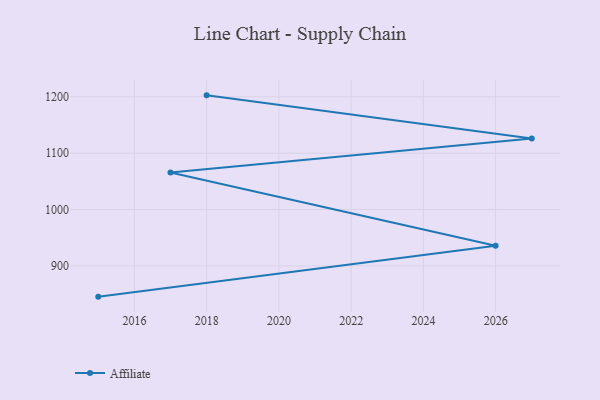
{"axis": {"x": "Year", "y": "Demand Index"}, "legend": ["Affiliate"], "data": [{"x": "2018", "y": 1202.6, "type": "Affiliate"}, {"x": "2027", "y": 1126.2, "type": "Affiliate"}, {"x": "2017", "y": 1065.8, "type": "Affiliate"}, {"x": "2026", "y": 935.8, "type": "Affiliate"}, {"x": "2015", "y": 845.4, "type": "Affiliate"}]}